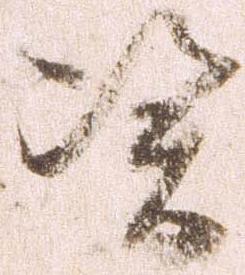
憑